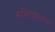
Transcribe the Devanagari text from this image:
रुलिफ़सन